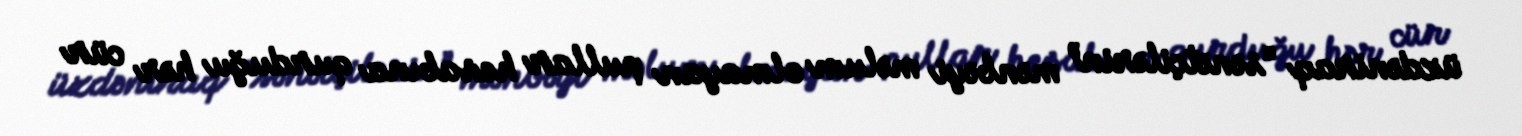
üzdəniraq “sənətçilərin” mənbəyi məlum olmayan pullar hesabına qurduğu hər cür